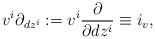
LaTeX: \begin{align*}v^i \partial_{dz^i}:=v^i \frac{\partial}{\partial dz^i}\equiv i_v ,\end{align*}